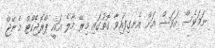
ނަމަވެސް އަވަސް އަށް އެނގިފައިވާ ގޮތުގައި މިރޭ މާލެ އައީ ޕްރޮޖެކްޓް މެނޭޖް